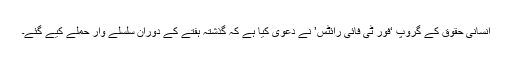
انسانی حقوق کے گروپ ‘فور ٹی فائی رائٹس’ نے دعویٰ کیا ہے کہ گذشتہ ہفتے کے دوران سلسلے وار حملے کیے گئے۔